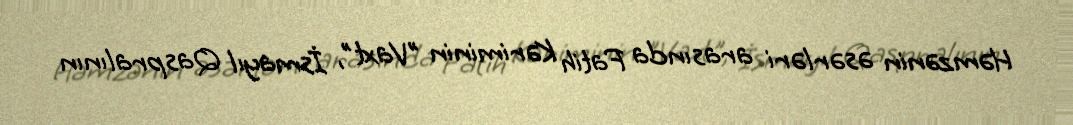
Həmzənin əsərləri arasında Fatih Kəriminin "Vaxt", İsmayıl Qaspralının